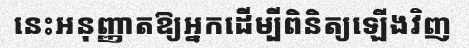
នេះអនុញ្ញាតឱ្យអ្នកដើម្បីពិនិត្យឡើងវិញ